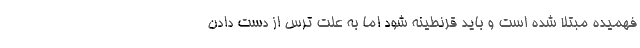
فهمیده مبتلا شده است و باید قرنطینه شود اما به‌ علت ترس از دست دادن